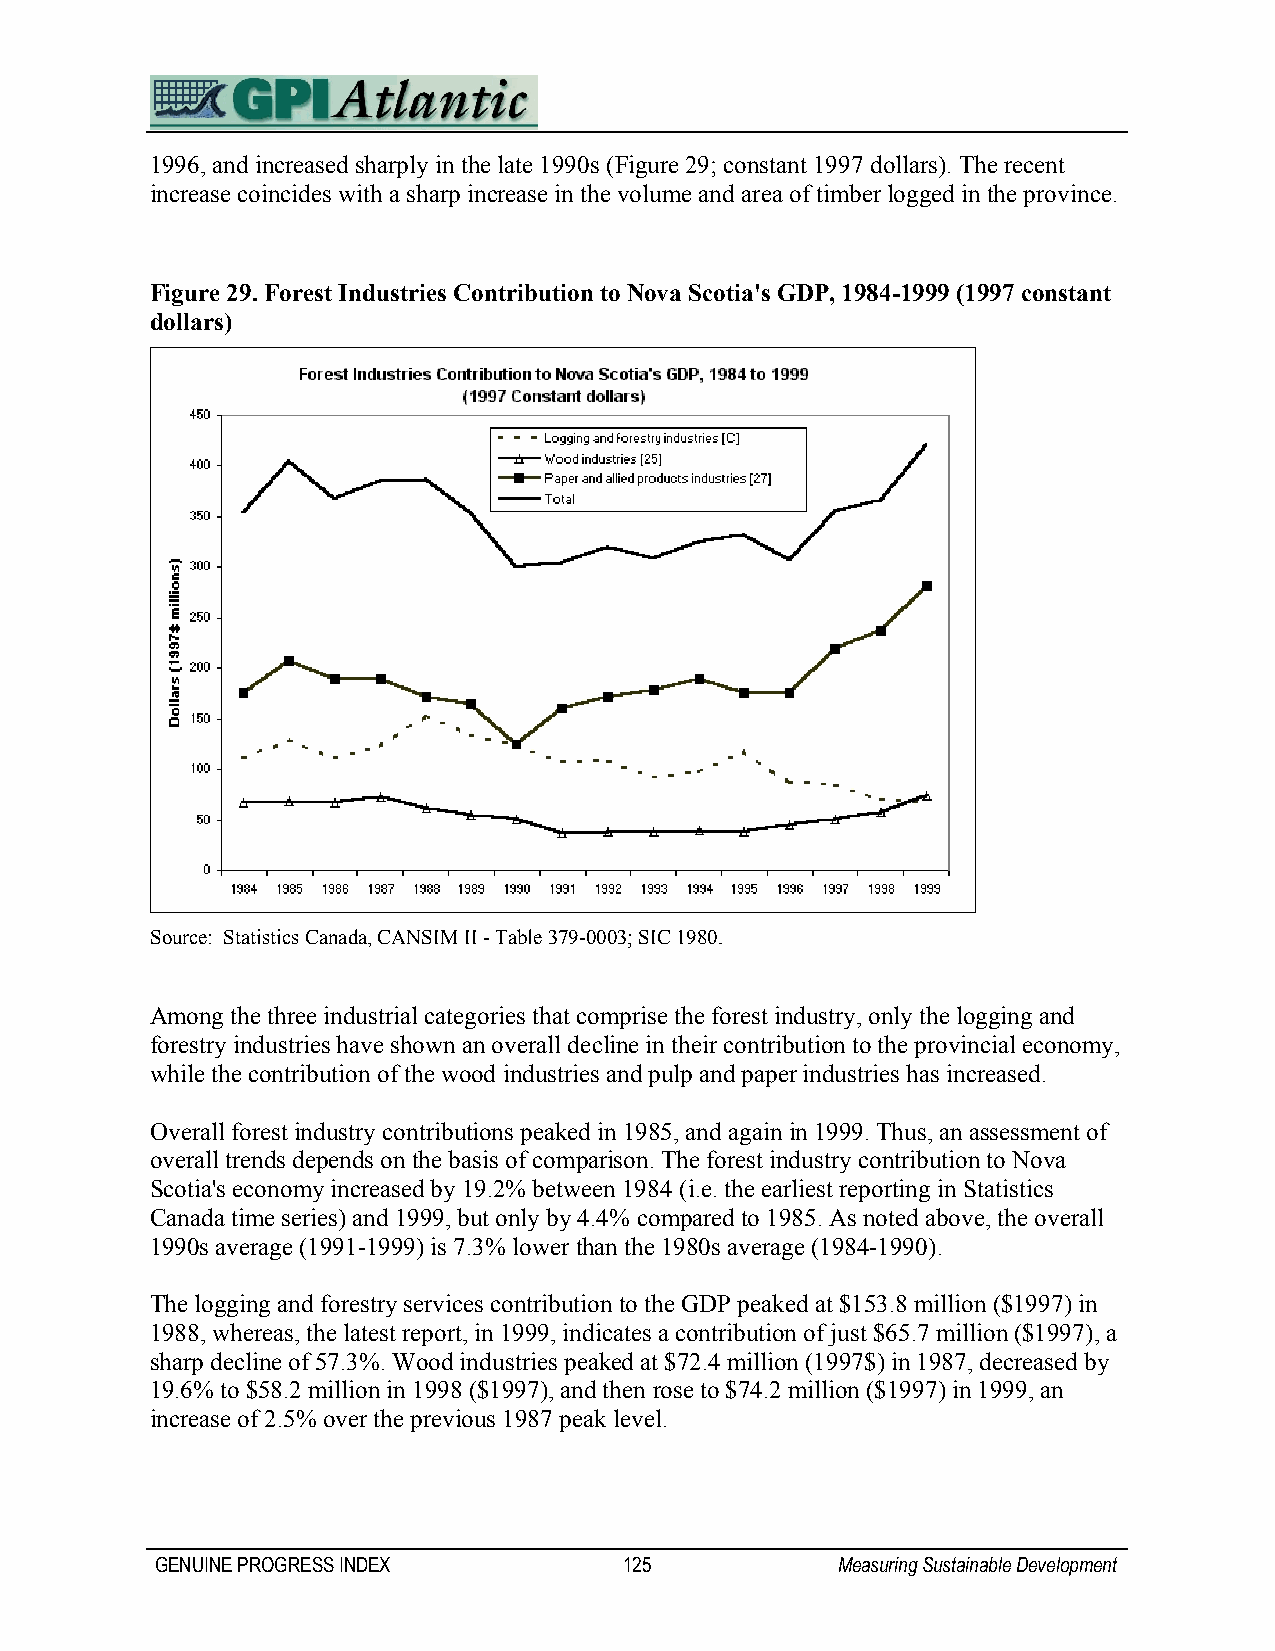
1996, and increased sharply in the late 1990s (Figure 29; constant 1997 dollars). The recent
 increase coincides with a sharp increase in the volume and area of timber logged in the province.
 Figure 29. Forest Industries Contribution to Nova Scotia's GDP, 1984-1999 (1997 constant
 dollars)
 Source: Statistics Canada, CANSIM II - Table 379-0003; SIC 1980.
 Among the three industrial categories that comprise the forest industry, only the logging and
 forestry industries have shown an overall decline in their contribution to the provincial economy,
 while the contribution of the wood industries and pulp and paper industries has increased.
 Overall forest industry contributions peaked in 1985, and again in 1999. Thus, an assessment of
 overall trends depends on the basis of comparison. The forest industry contribution to Nova
 Scotia's economy increased by 19.2% between 1984 (i.e. the earliest reporting in Statistics
 Canada time series) and 1999, but only by 4.4% compared to 1985. As noted above, the overall
 1990s average (1991-1999) is 7.3% lower than the 1980s average (1984-1990).
 The logging and forestry services contribution to the GDP peaked at $153.8 million ($1997) in
 1988, whereas, the latest report, in 1999, indicates a contribution of just $65.7 million ($1997), a
 sharp decline of 57.3%. Wood industries peaked at $72.4 million (1997$) in 1987, decreased by
 19.6% to $58.2 million in 1998 ($1997), and then rose to $74.2 million ($1997) in 1999, an
 increase of 2.5% over the previous 1987 peak level.
 GENUINE PROGRESS INDEX         125           Measuring Sustainable Development